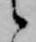
候